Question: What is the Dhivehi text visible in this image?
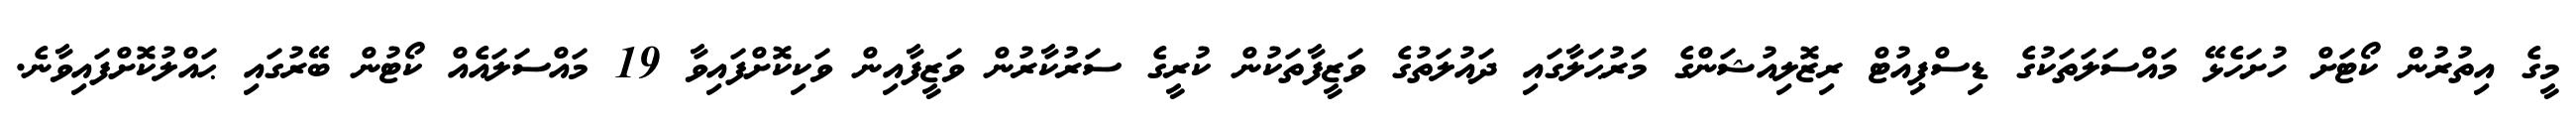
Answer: މީގެ އިތުރުން ކޯޓަށް ހުށަހެޅޭ މައްސަލަތަކުގެ ޑިސްޕިއުޓް ރިޒޮލިއުޝަންގެ މަރުޙަލާގައި ދައުލަތުގެ ވަޒީފާތަކުން ކުރީގެ ސަރުކާރުން ވަޒީފާއިން ވަކިކޮށްފައިވާ 19 މައްސަލައެއް ކޯޓުން ބޭރުގައި ޙައްލުކޮށްފައިވާނެ.